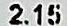
2.15